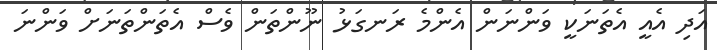
އަދި އެއީ އެތަނަކީ ވަންނަން އެންމެ ރަނގަޅު ނޫންތަން ވެސް އެތަންތަނަށް ވަންނަ